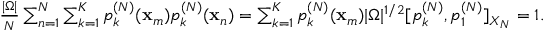
\begin{array} { r } { \frac { | \Omega | } { N } \sum _ { n = 1 } ^ { N } \sum _ { k = 1 } ^ { K } p _ { k } ^ { ( N ) } ( \mathbf { x } _ { m } ) p _ { k } ^ { ( N ) } ( \mathbf { x } _ { n } ) = \sum _ { k = 1 } ^ { K } p _ { k } ^ { ( N ) } ( \mathbf { x } _ { m } ) | \Omega | ^ { 1 / 2 } [ p _ { k } ^ { ( N ) } , p _ { 1 } ^ { ( N ) } ] _ { X _ { N } } = 1 . } \end{array}